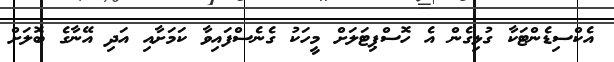
އެކްސިޑެންޓަކާ ގުޅިގެން އެ ހޮސްޕިޓަލަށް މީހަކު ގެނެސްފައިވާ ކަމަށާއި އަދި އޭނާގެ ބޮލަށް